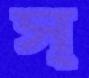
স্